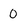
Character: 0